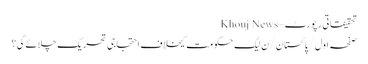
تحقیقاتی رپورٹ – Khouj News
صفحہ اول/پاکستان/ن لیگ حکومت کیخلاف احتجاجی تحریک چلائے گی؟